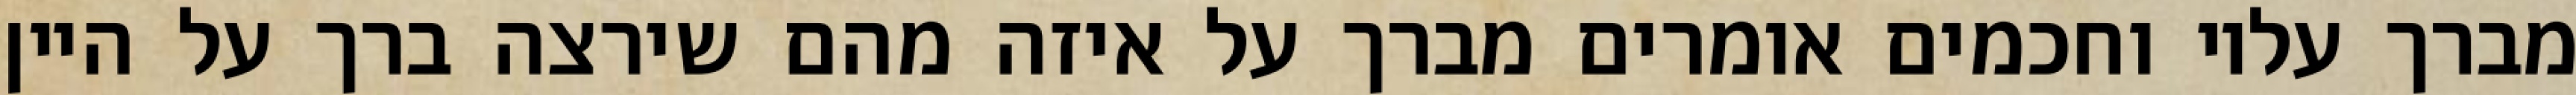
מברך עליו וחכמים אומרים מברך על איזה מהם שירצה ברך על היין